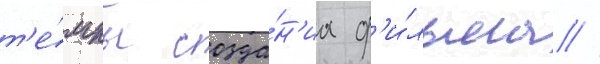
т'е́мпы созда́н'иа ф'и́льма //